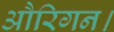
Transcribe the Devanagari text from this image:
औरिगन।